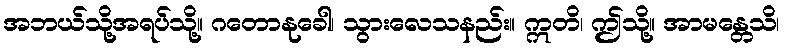
အဘယ်သို့အရပ်သို့။ ဂတောနုခေါ၊ သွားလေသနည်း။ ဣတိ၊ ဤသို့။ အာမန္တေသိ၊